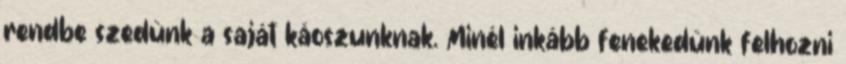
rendbe szedünk a saját káoszunknak. Minél inkább fenekedünk felhozni